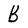
Character: B